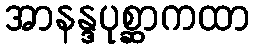
အာနန္ဒပုစ္ဆာကထာ